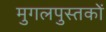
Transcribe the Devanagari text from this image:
मुगलपुस्तकों